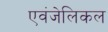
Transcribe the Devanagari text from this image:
एवंजेलिकल